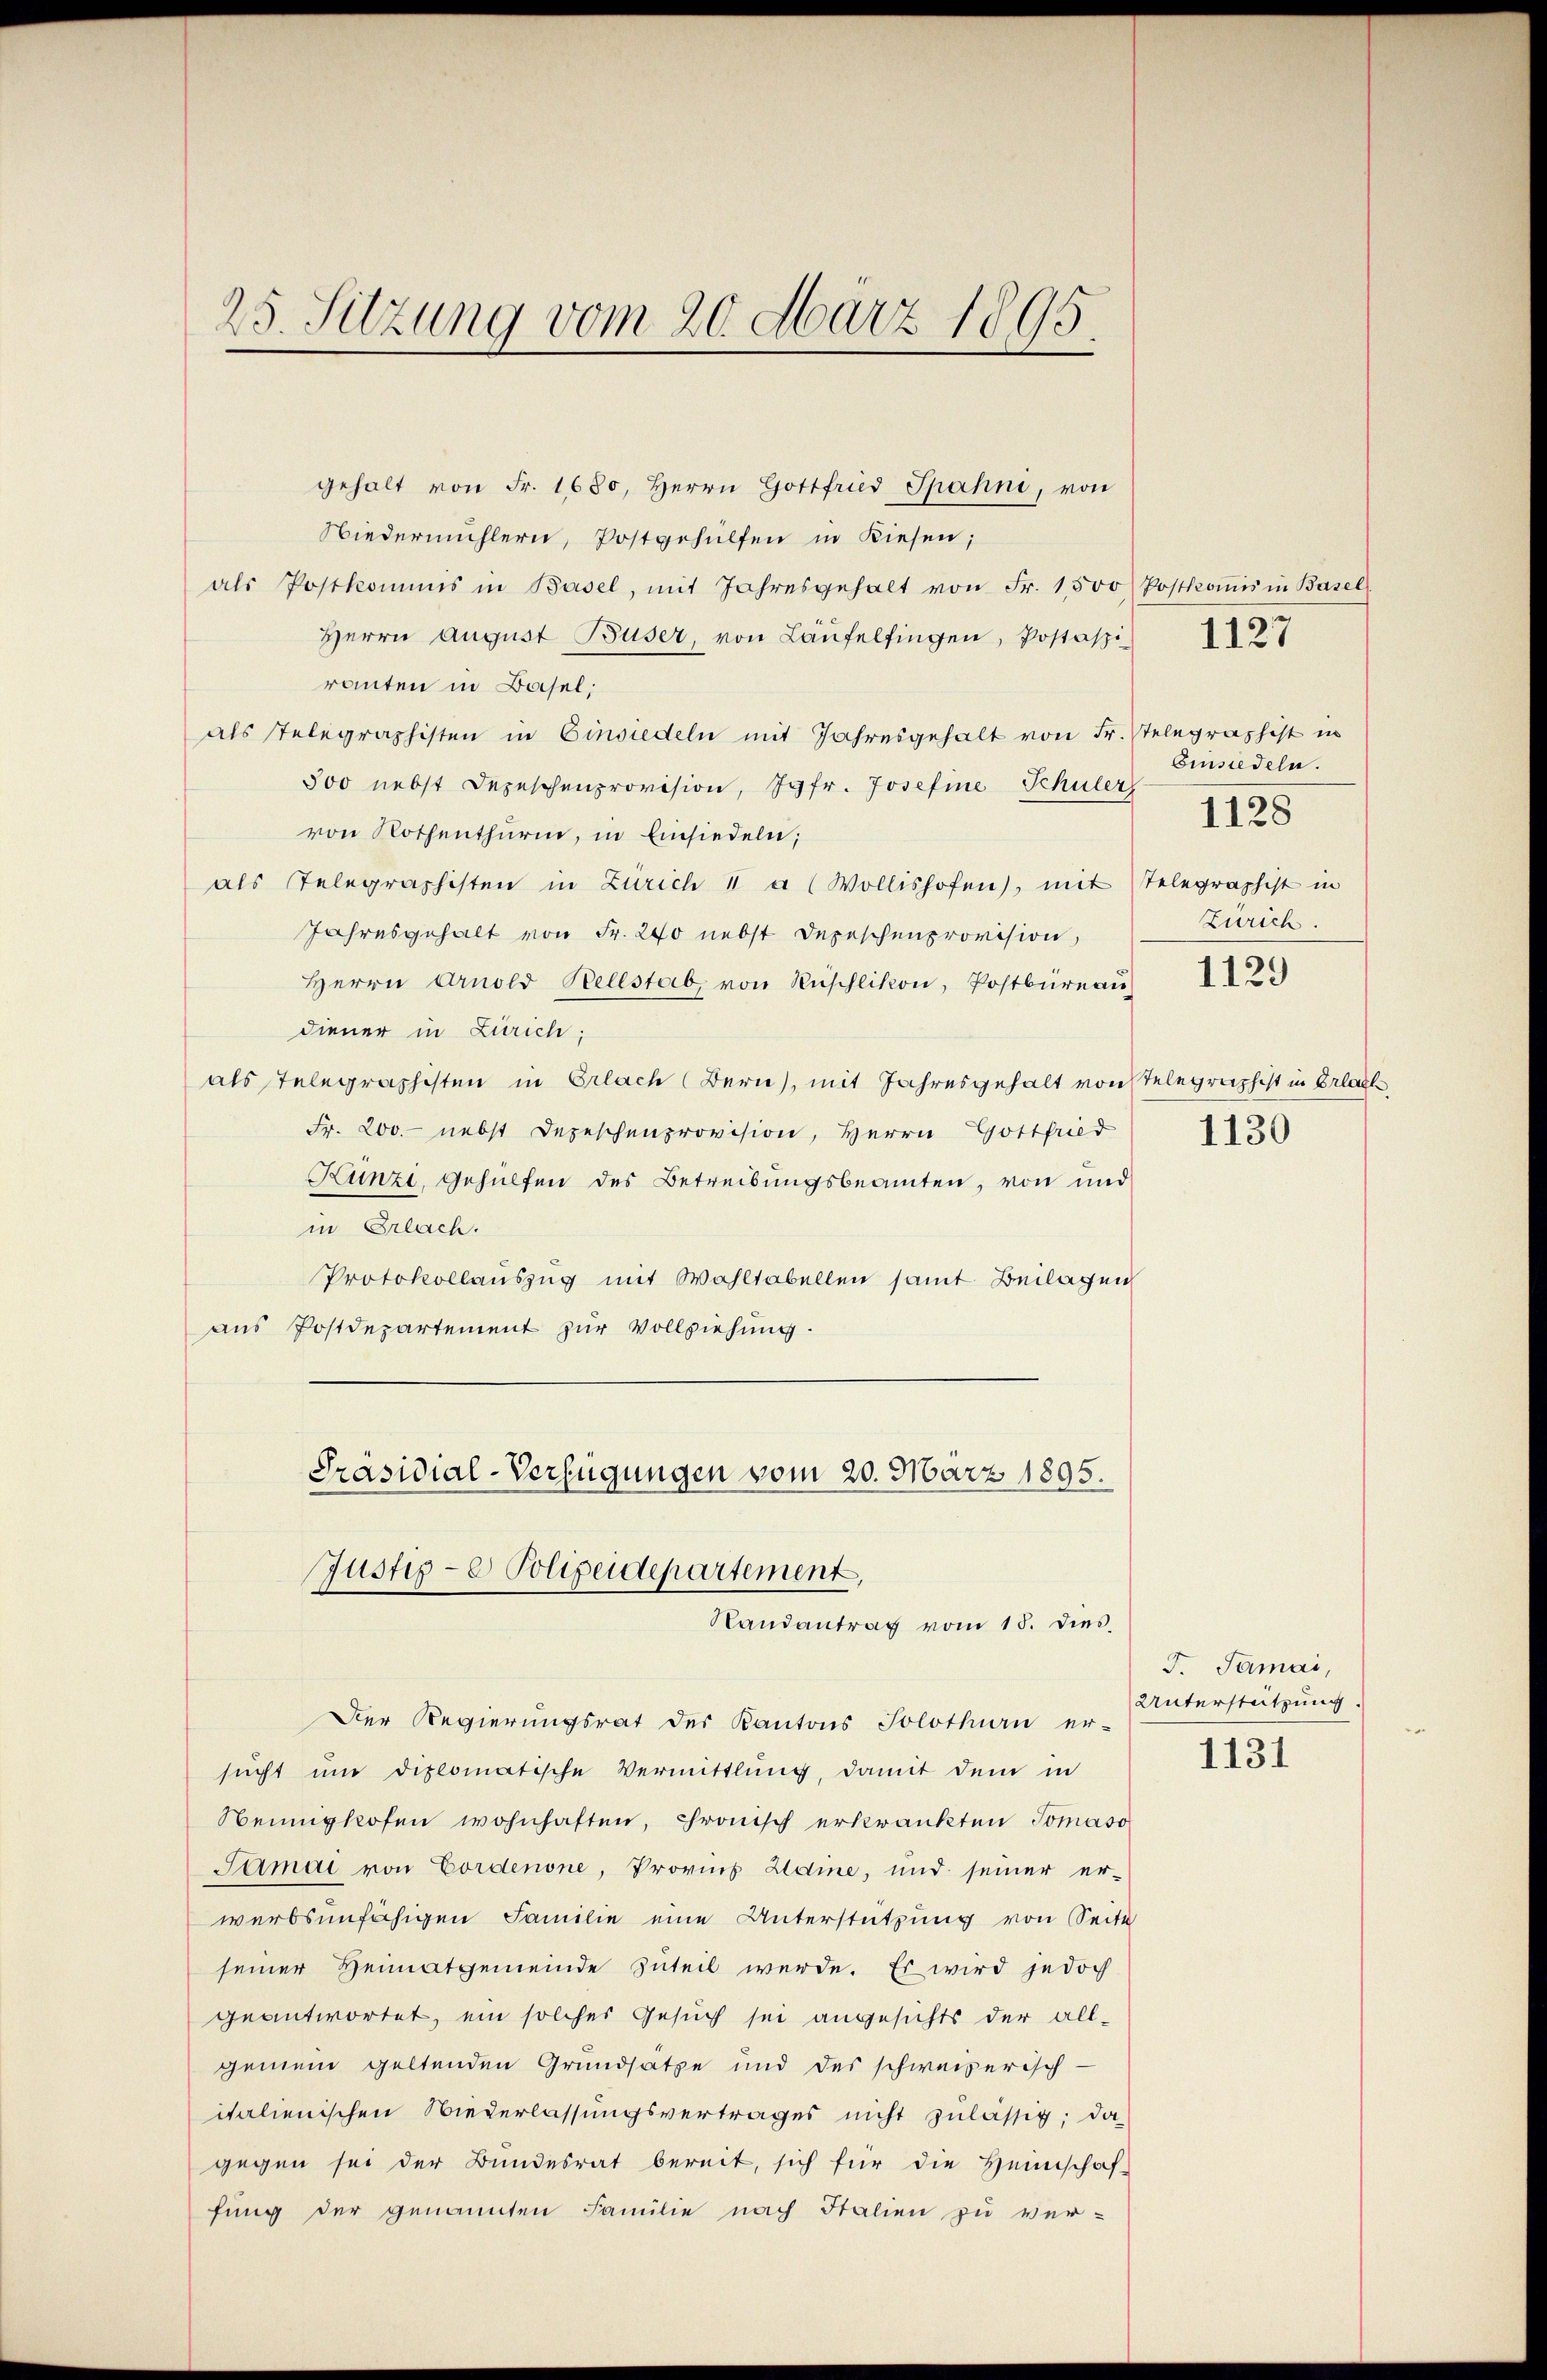
25. Sitzung vom 20. März 1895.

gehalt von Fr. 1680, Herrn Gottfried Spahni, von
Wiedermühlern, Postgehülfen in diesen;
als Postkommis in Basel, mit Jahresgehalt von Fr. 1500 Postkoṁis in Basel
Herrn August Buser, von Laufelfingen, Postaspi
ranten in Basel;
als telegraphisten in Einsiedeln mit Jahresgehalt von Fr. Telegraphist in
500 nebst Depeschenprovision, Jgfr. Josefine Schuler
von Rothenthurm, in Einsiedeln;
als Telegraphisten in Zürich 1 a (Wollishofen), mit Telegraphist in
Jahresgehalt von Fr. 240 nebst Depeschenprovision,
Herrn Arnold Belestab, von Rüschlikon, Postbüreaŭ 122.
diener in Zürich;
als Telegraphisten in Erlach Bern, mit Jahresgehalt von Telegraphist in Erlage
Fr. 200. nebst Depeschenprovision, Herrn Gottfried
Kunzi, Gehülfen des Betreibungsbeamten, von und
in Erlach.
Protokollauszug mit Wahltabellen samt Beilagen
aus Postdepartement zur Vollziehung.
Präsidial-Verfügungen vom 20. März 1895.
Justige Polizeidepartement,
Randantrag vom 15. dies
Der Regierungsrat der Kantons Solothurn er-
sucht und diplomatische Vermittlung, damit dem in
Neinigkofen wohnhaften, chronisch erkrankten Tomaso
Samai von Cordenone, Provins Haine, und seiner er-
werbsunfähigen Familie eine Unterstützung von Seite
seiner Heimatgemeinde zuteil werde. Es wird jedoch
geantwortet, ein solches Gesuch sei angesichts der all-
gemein geltenden Grundsätze und des schweizerisch-
italienischen Wiederlassungsvertrages nicht zulässig; da
gegen sei der Bundesrat bereit, sich für die Heimschaf-
fung der genannten Familie nach Italien zu ver-

Einsiedeln.
Zürich.
1130

1127

1128

F. Samai,
Unterstützung.

1131